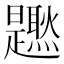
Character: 𤓐